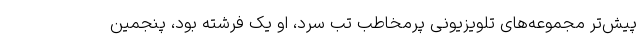
پیش‌تر مجموعه‌های تلویزیونی پرمخاطب تب سرد، او یک فرشته بود، پنجمین